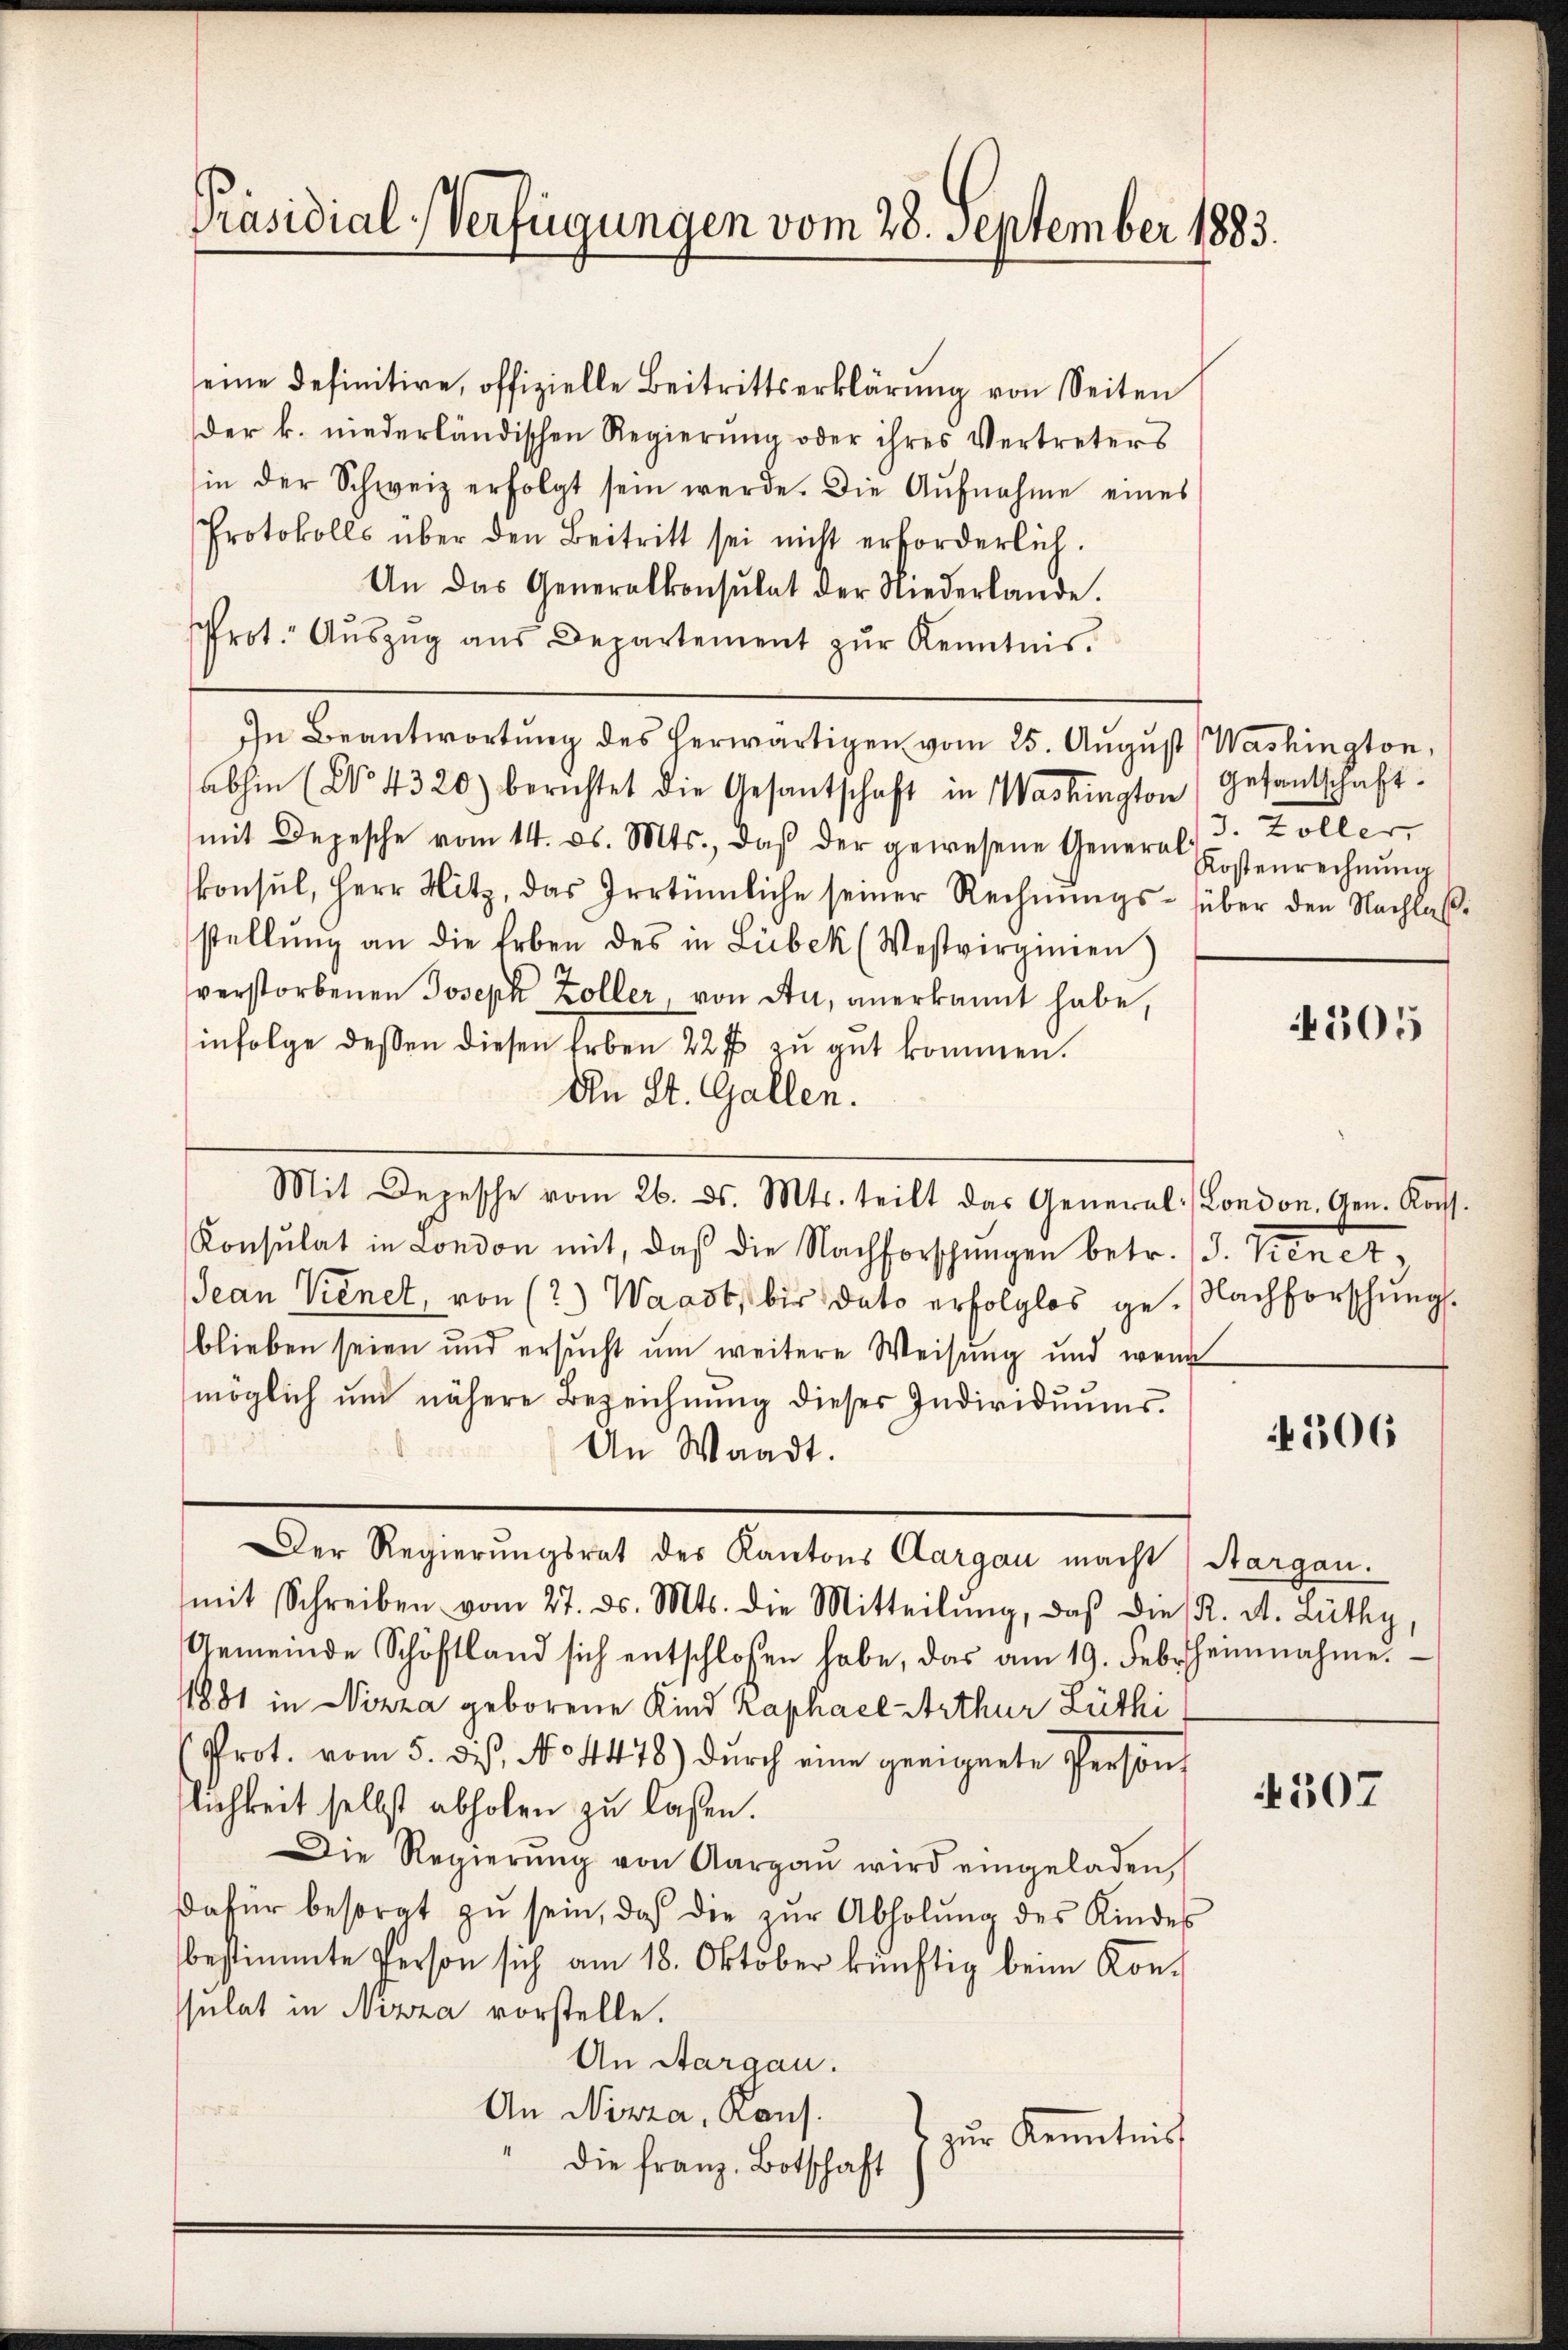
Präsidial-Verfügungen vom 28. September 1883.

seine Definitive, offizielle Beitrittserklärŭng von Seiten
der k. niederländischen Regierung oder ihres Vertreters
in der Schweiz erfolgt sein werde. Die Aŭfnahme eines
Protokolls über den Beitritt sei nicht erforderlich.
An das Generalkonsulat der Niederlande.
rot. Aŭszŭg aŭs Departement zŭr Kenntnis.
In Beantwortung des herwärtigen vom 25. August ( Washington,
abhin (No 4320) berichtet die Gesantschaft in Washington (Gesandtschaft.
mit Depesche vom 14. ds. Mts., daβ der gewesene General S. Zoller,
konsul, Herr Hitz, das Irrtümliche seiner Rechnŭngs- über den Nachlaβ-
stellŭng an die Erben des in Lübek (Westvirginien
verstorbenen Joseph Zoller, von Au, anerkannt habe,
infolge dessen diesen Erben 22 f. zu gut kommen.
An St. Gallen.
Konsulat in London mit, daß die Nachforschungen betr. (S. Vienet,
Jean Kienet, von (2) Waadt, bis dato erfolglos ge- Nachforschungsblieben seien und ersucht um weitere Weisung und wenn
möglich und nähere Bezeichnŭng dieser Individuums-
An Waadt.
Der Regierungsrat des Kantons Aargau macht) Aargau.
mit Schreiben vom 27. ds. Mts. die Mitteilŭng, daβ die K. A. Lüthy,
Gemeinde Schöffland sich entschlossen habe, das am 19. Febr. Heinnahme.
11881 in Nizza geborene Kind Kaphael Arthur Lüthi
Prot. vom 5. dis, No 4478) durch eine geeignete Person
lichkeit selbst abholen zu lassen.
Die Regierŭng von Aargaŭ wird eingeladen,
dafür besorgt zŭ sein, daß die zŭr Abholŭng des Kindes
bestimmte Person sich am 18. Oktober künftig beim Konsulat in Nizza vorstelle.
An Aargau.
An Nizza, Kaus.
zur Kenntnis
Die Franz Botschaft

Mit Depesche vom 26. ds. Mts. teilt das General London. Gen. Kons.

Kostenrechnung

4506

507

305